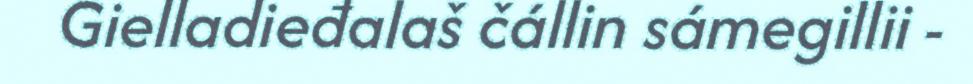
Gielladieđalaš čállin sámegillii -